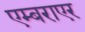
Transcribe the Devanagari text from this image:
एम्बराएर